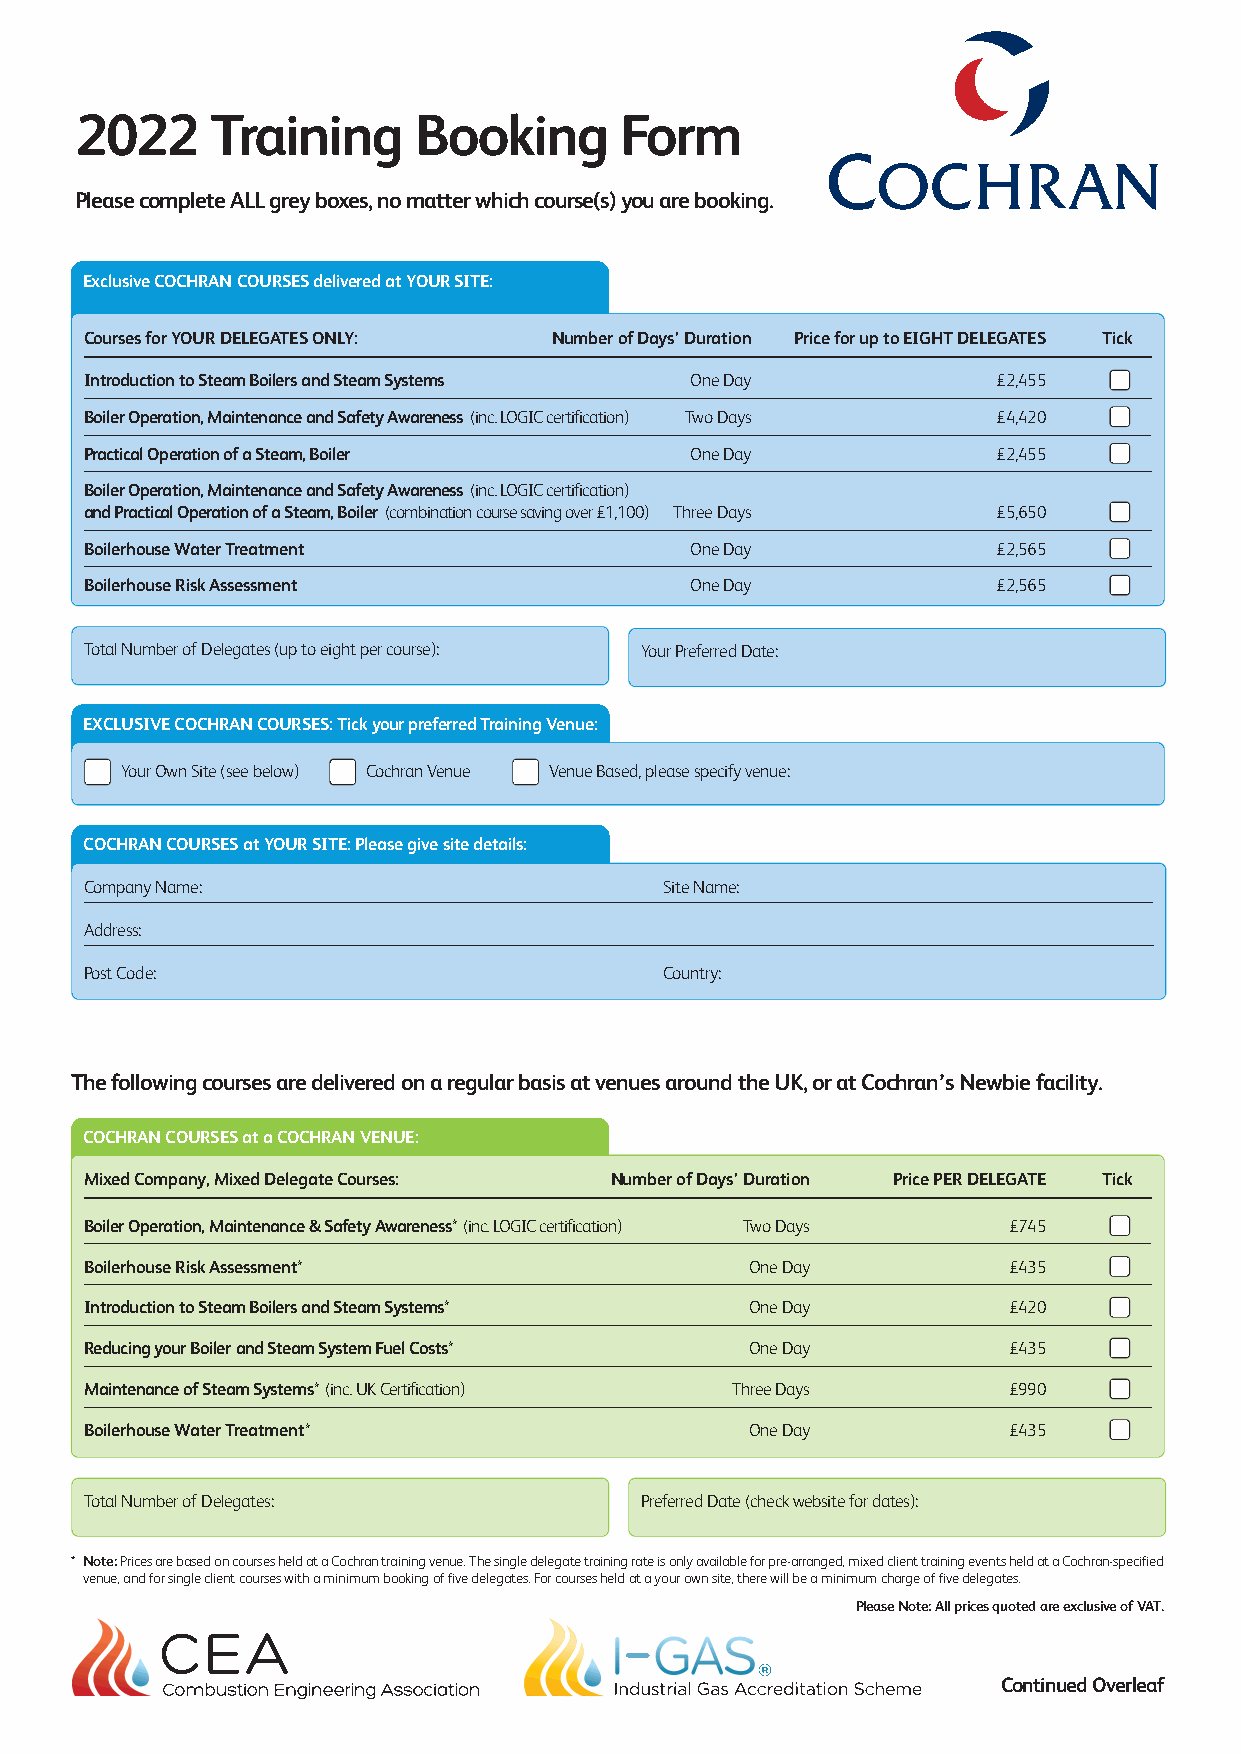
2022     Training     Booking       Form
 Please complete ALL grey boxes, no matter which course(s) you are booking.
 Exclusive COCHRAN COURSES delivered at YOUR SITE:
 Courses for YOUR DELEGATES ONLY: Number of Days’ Duration Price for up to EIGHT DELEGATES Tick
 Introduction to Steam Boilers and Steam Systems One Day     £2,455
 Boiler Operation, Maintenance and Safety Awareness (inc. LOGIC certification) Two Days £4,420
 Practical Operation of a Steam, Boiler  One Day             £2,455
 Boiler Operation, Maintenance and Safety Awareness (inc. LOGIC certification)
 and Practical Operation of a Steam, Boiler (combination course saving over £1,100) Three Days £5,650
 Boilerhouse Water Treatment             One Day             £2,565
 Boilerhouse Risk Assessment             One Day             £2,565
 Total Number of Delegates (up to eight per course): Your Preferred Date:
 EXCLUSIVE COCHRAN COURSES: Tick your preferred Training Venue:
 Your Own Site (see below) Cochran Venue Venue Based, please specify venue:
 COCHRAN COURSES at YOUR SITE: Please give site details:
 Company Name:                         Site Name:
 Address:
 Post Code:                            Country:
 The following courses are delivered on a regular basis at venues around the UK, or at Cochran’s Newbie facility.
 COCHRAN COURSES at a COCHRAN VENUE:
 Mixed Company, Mixed Delegate Courses: Number of Days’ Duration Price PER DELEGATE Tick
 Boiler Operation, Maintenance & Safety Awareness* (inc. LOGIC certification) Two Days £745
 Boilerhouse Risk Assessment*                One Day          £435
 Introduction to Steam Boilers and Steam Systems* One Day     £420
 Reducing your Boiler and Steam System Fuel Costs* One Day    £435
 Maintenance of Steam Systems* (inc. UK Certification) Three Days £990
 Boilerhouse Water Treatment*                One Day          £435
 Total Number of Delegates:          Preferred Date (check website for dates):
 * Note: Prices are based on courses held at a Cochran training venue. The single delegate training rate is only available for pre-arranged, mixed client training events held at a Cochran-specified
 venue, and for single client courses with a minimum booking of five delegates. For courses held at a your own site, there will be a minimum charge of five delegates.
 Please Note: All prices quoted are exclusive of VAT.
 Continued Overleaf